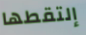
إلتقطها